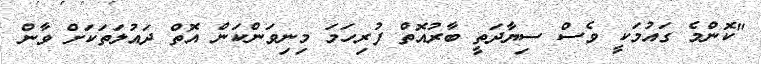
"ކޮންމެ ގައުމަކީ ވެސް ސިޔާދަތީ ބާރުއޮތް ފުރިހަމަ މިނިވަންކަން އޮތް ދައުލަތަކަށް ވާން